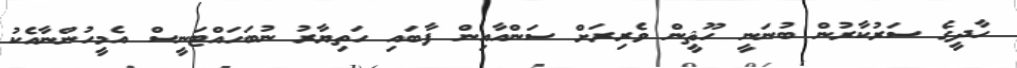
ހާދީގެ ސަރުކާރުން ބުނަނީ ހޫޘީން ވެރިރަށް ސަންއާއިން ފާބައި ހަތިޔާރު ނުބަހައްޓަނީސް އެމީހުންނާއެކު